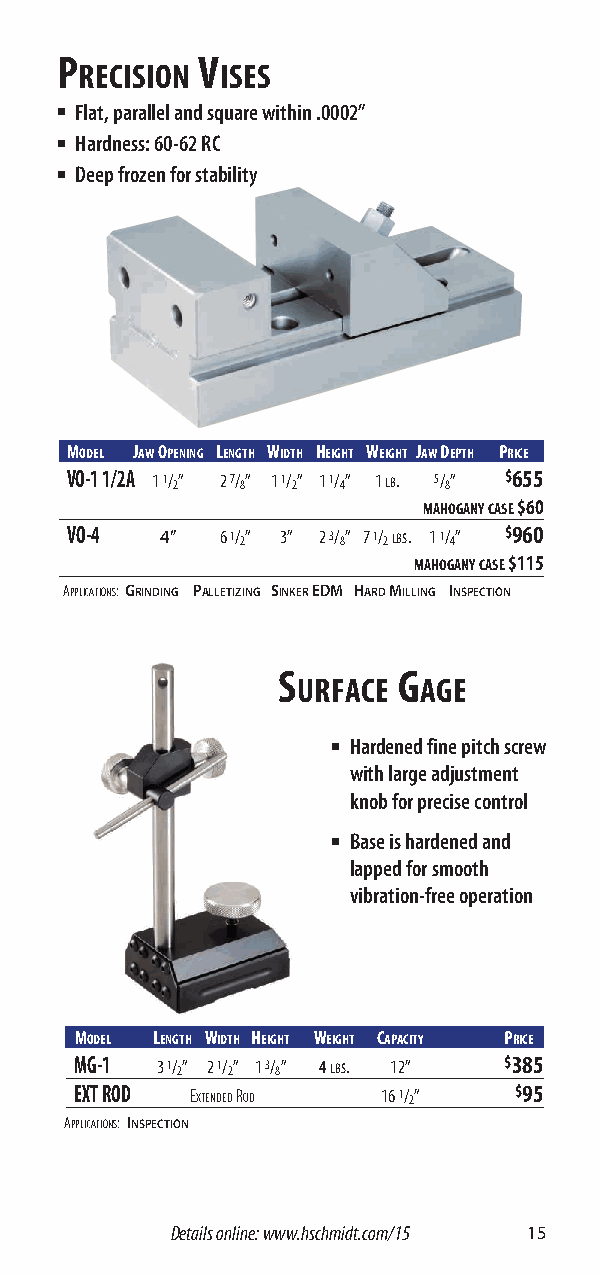
P        v
 reciSion  iSeS
 ■ Flat, parallel and square within .0002”
 ■ Hardness: 60-62 RC
 ■ Deep frozen for stability
 Model JaW oPening length Width height Weight JaW dePth Price
 VO-1 1/2A 1 1/ 2” 2 7/ 8” 1 1/ 2” 1 1/ 4” 1 lb. 5/ 8” $655
 Mahogany caSe $60
 VO-4   4”  6 1/ 2” 3” 2 3/ 8” 7 1/
 2
 lbs. 1 1/ 4” $960
 Mahogany caSe $115
 APPLICATIONS: G RINDING PALLETIZING SINKER EDM HARD MILLING INSPECTION
 S       g
 urFace  age
 ■ Hardened fine pitch screw
 with large adjustment
 knob for precise control
 ■ Base is hardened and
 lapped for smooth
 vibration-free operation
 Model length Width height Weight caPacity Price
 MG-1 3 1/ 2” 2 1/ 2” 1 3/ 8” 4 lbs. 12” $385
 EXT ROD EXTENDED ROD 16 1/ 2” $95
 APPLICATIONS: INSPECTION
 Details online: www.hschmidt.com/15 15